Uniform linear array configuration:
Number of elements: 64
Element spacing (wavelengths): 0.25
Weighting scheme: exponential
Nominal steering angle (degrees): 15
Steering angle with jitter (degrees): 13.425
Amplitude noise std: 0.05
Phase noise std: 0.05

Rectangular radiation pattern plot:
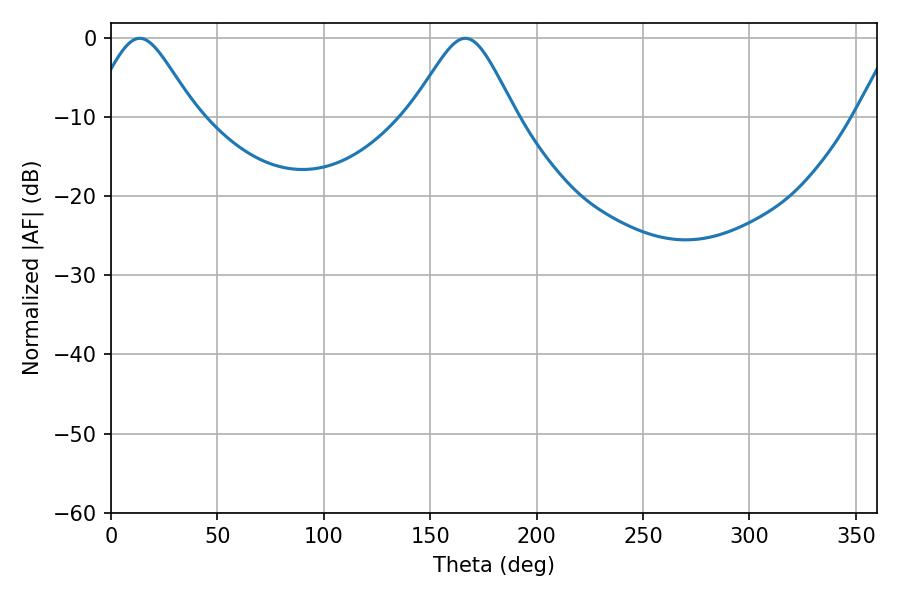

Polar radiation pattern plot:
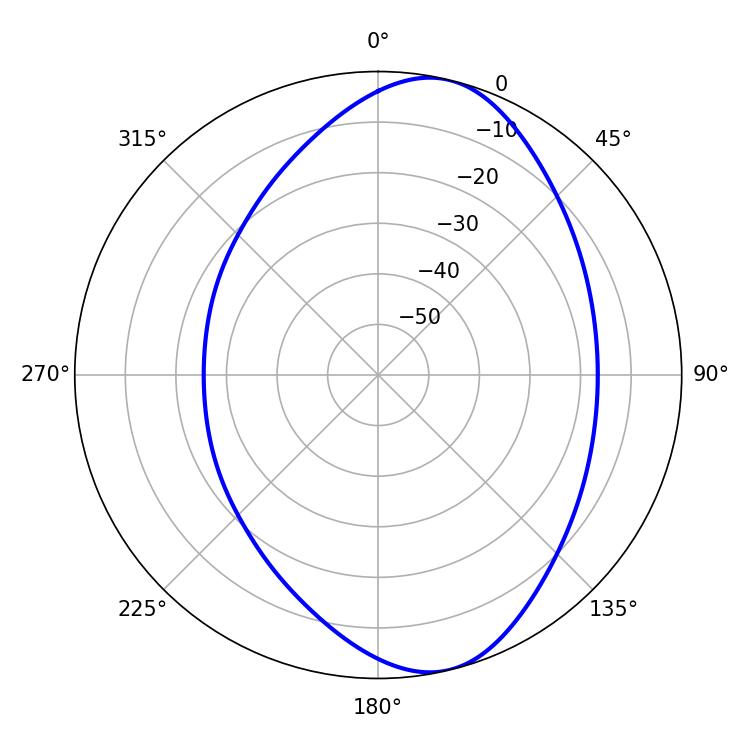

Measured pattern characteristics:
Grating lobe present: FALSE
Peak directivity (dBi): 8.64
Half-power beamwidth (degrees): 23.94
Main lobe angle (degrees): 13.5